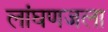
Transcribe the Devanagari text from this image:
लांघणजला